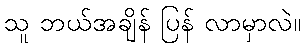
သူ ဘယ်အချိန် ပြန် လာမှာလဲ။